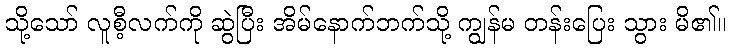
သို့သော် လူစီ့လက်ကို ဆွဲပြီး အိမ်နောက်ဘက်သို့ ကျွန်မ တန်းပြေး သွား မိ၏။